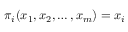
\pi _ { i } ( x _ { 1 } , x _ { 2 } , \ldots , x _ { m } ) = x _ { i }